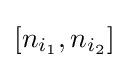
[n_{i_{1}},n_{i_{2}}]